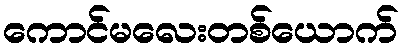
ကောင်မလေးတစ်ယောက်